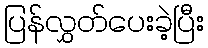
ပြန်လွှတ်ပေးခဲ့ပြီး